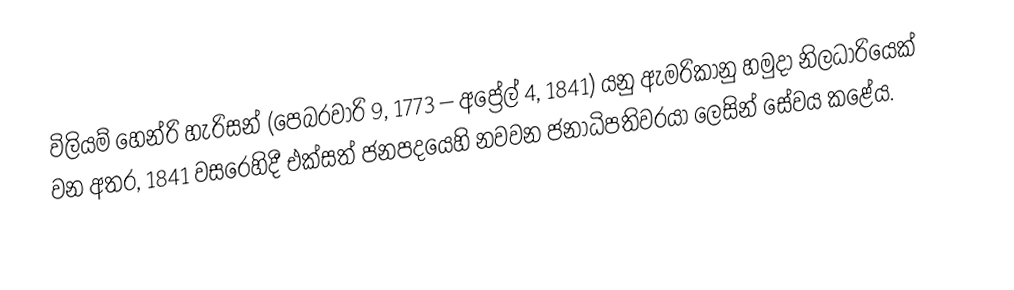
විලියම් හෙන්රි හැරිසන් (පෙබරවාරි 9, 1773 – අප්‍රේල් 4, 1841) යනු ඇමරිකානු හමුදා නිලධාරියෙක් වන අතර, 1841 වසරෙහිදී  එක්සත් ජනපදයෙහි නවවන ජනාධිපතිවරයා ලෙසින් සේවය කළේය.